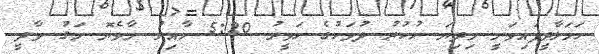
ހަމަލާދީފައިވަނީ މިދިޔަ ހުކުރު ދުވަހުގެ ހަވީރު 5:20 ހާއިރު މާވެޔޮ މަގު ވާދީ